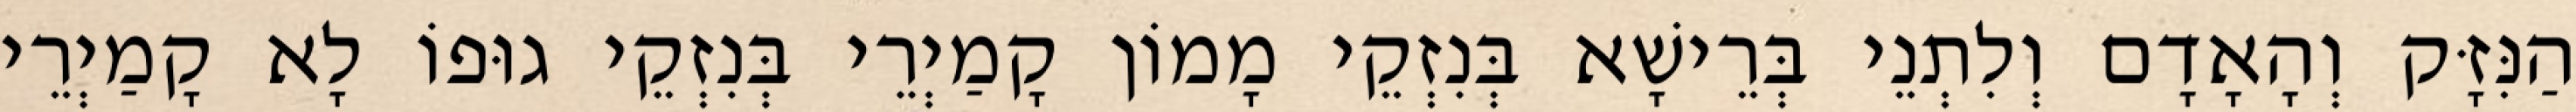
הַנִּזָּק וְהָאָדָם וְלִתְנֵי בְּרֵישָׁא בְּנִזְקֵי מָמוֹן קָמַיְרֵי בְּנִזְקֵי גוּפוֹ לָא קָמַיְרֵי